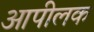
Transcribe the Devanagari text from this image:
आपीलक